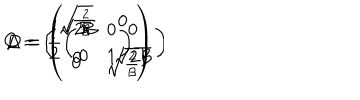
LaTeX: C = \left( \begin{array} { c c } { { \sqrt { 2 { \mathcal { B } } } } } & { { 0 } } \\ { { 0 } } & { { \sqrt { 2 { \mathcal { B } } } } } \\ \end{array} \right) \hspace { 0 . 1 c m } , \hspace { 0 . 1 5 c m } D = \left( \! \begin{array} { c c } { { \! \sqrt { \frac { 2 } { { \mathcal { B } } } } \! } } & { { 0 } } \\ { { 0 } } & { { \! \sqrt { \frac { 2 } { { \mathcal { B } } } } \! } } \\ \end{array} \! \right) \hspace { 0 . 1 c m } , \hspace { 0 . 1 5 c m } \Delta = \frac { 1 } { 2 } \left( \begin{array} { c c } { { 1 } } & { { 0 } } \\ { { 0 } } & { { 1 } } \\ \end{array} \right) \hspace { 0 . 1 c m } .